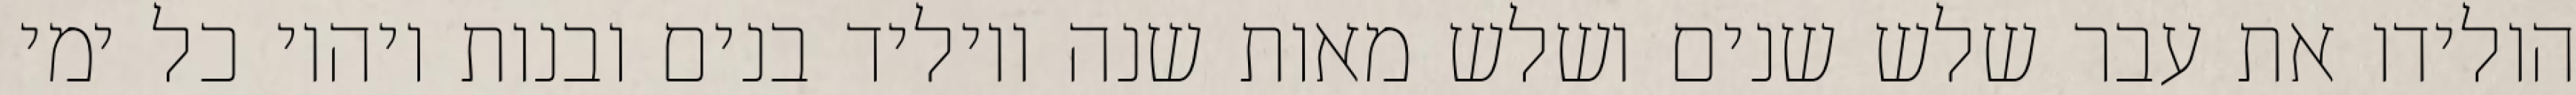
הולידו את עבר שלש שנים ושלש מאות שנה ויוליד בנים ובנות ויהיו כל ימי